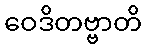
ဝေဒိတဗ္ဗာတိ